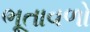
ભૂતાવળો